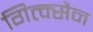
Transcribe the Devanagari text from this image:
गित्क्सैन